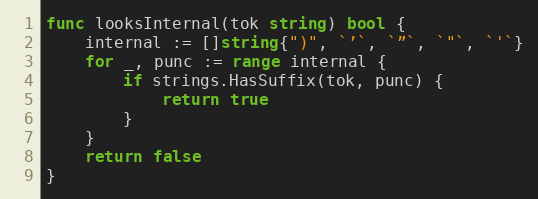
Language: Go
func looksInternal(tok string) bool {
	internal := []string{")", `’`, `”`, `"`, `'`}
	for _, punc := range internal {
		if strings.HasSuffix(tok, punc) {
			return true
		}
	}
	return false
}